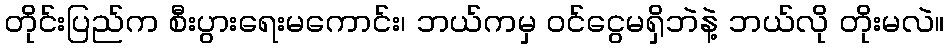
တိုင်းပြည်က စီးပွားရေးမကောင်း၊ ဘယ်ကမှ ဝင်ငွေမရှိဘဲနဲ့ ဘယ်လို တိုးမလဲ။